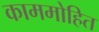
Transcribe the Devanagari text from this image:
काममोहित